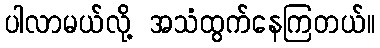
ပါလာမယ်လို့ အသံထွက်နေကြတယ်။